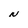
Character: N